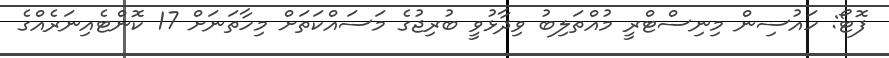
ފޮޓޯ: ހައުސިން މިނިސްޓްރީ މުއްތަލިބު ވިދާޅުވީ ބުރިޖުގެ މަސައްކަތަށް މިހާތަނަށް 17 ކޮންޓެއިނަރެއްގެ